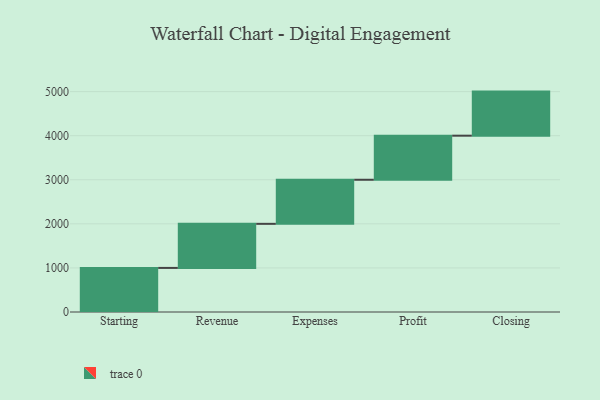
{"axis": {"x": "Step", "y": "Value"}, "legend": [""], "data": [{"x": "Starting", "y": 1000, "type": ""}, {"x": "Revenue", "y": 1000, "type": ""}, {"x": "Expenses", "y": 1000, "type": ""}, {"x": "Profit", "y": 1000, "type": ""}, {"x": "Closing", "y": 1000, "type": ""}]}